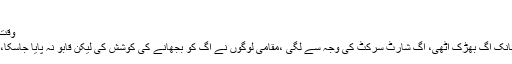
important;; } }
محمد نبیل حسن	 وقت اشاعت مئی 25, 2019
ڈومیلی: ڈومیلی چوک پر لوڈر رکشہ میں اچانک آگ بھڑک اٹھی، آگ شارٹ سرکٹ کی وجہ سے لگی ،مقامی لوگوں نے آگ کو بجھانے کی کوشش کی لیکن قابو نہ پایا جاسکا، رکشہ مکمل طورپر جل کر خاکستر ہو گیا۔